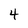
Character: 4